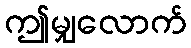
ဤမျှလောက်